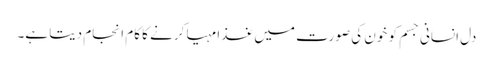
دل انسانی جسم کو خون کی صورت میں غذا مہیا کرنے کا کام انجام دیتا ہے۔